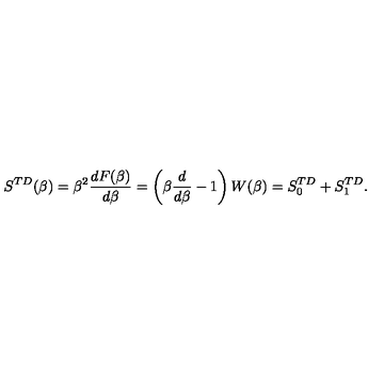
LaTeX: S ^ { T D } ( \beta ) = \beta ^ { 2 } { \frac { d F ( \beta ) } { d \beta } } = \left( \beta { \frac { d } { d \beta } } - 1 \right) W ( \beta ) = S _ { 0 } ^ { T D } + S _ { 1 } ^ { T D } .